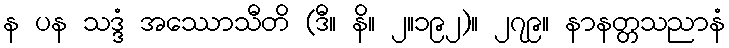
န ပန သဒ္ဒံ အဿောသီတိ (ဒီ။ နိ။ ၂။၁၉၂)။ ၂၇၉။ နာနတ္တသညာနံ